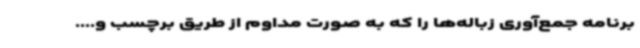
برنامه جمع‌آوری زباله‌ها را که به صورت مداوم از طریق برچسب و....